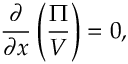
{ \frac { \partial } { \partial x } } \left( { \frac { \Pi } { V } } \right) = 0 ,